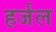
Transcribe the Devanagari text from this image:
हर्जल